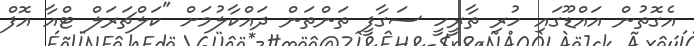
އެގޮތުން އައްޑޫގައި ހުރި ތާރީހީ ސަގާފީ ތަންތަން ދައްކާލުމަށް "ކަލްޗަރަލް ޓްއާ އޮފް